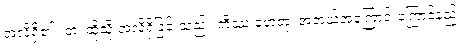
အလိုရှိ၏။ တံ၊ ထိုသို့ အလိုရှိခြင်းသည်။ ကိဿ ဟေတု၊ အဘယ်အကြောင်းကြောင့်နည်း။